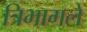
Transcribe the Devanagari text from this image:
त्रिभागले